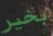
بخير